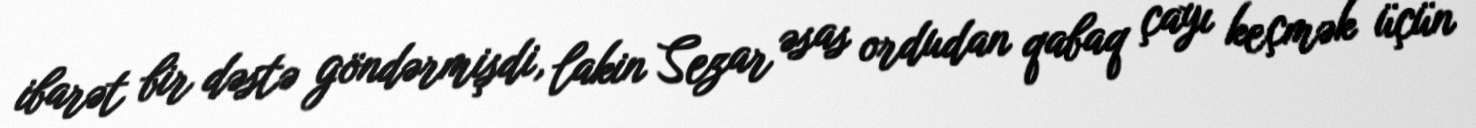
ibarət bir dəstə göndərmişdi, lakin Sezar əsas ordudan qabaq çayı keçmək üçün